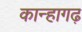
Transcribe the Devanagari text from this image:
कान्हागढ़